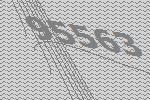
95563